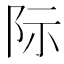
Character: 际